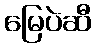
မြေပဲဆီ